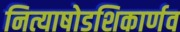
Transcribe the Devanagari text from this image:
नित्याषोडशिकार्णव